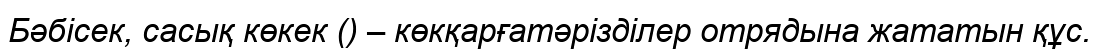
Бәбісек, сасық көкек () – көкқарғатәрізділер отрядына жататын құс.